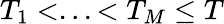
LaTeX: T_{1}<...<T_{M}\leq T